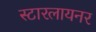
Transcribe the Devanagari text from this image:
स्टारलायनर